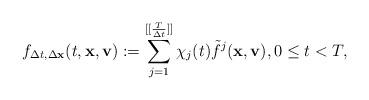
LaTeX: \begin{align*} f_{\Delta t,\Delta \mathbf{x}}(t,\mathbf{x},\mathbf{v} ):=\sum_{j=1}^{[[\frac{T}{\Delta t}]]}\chi _{j}(t) \tilde{f}^{j}(\mathbf{x},\mathbf{v}), 0 \leq t<T,\end{align*}